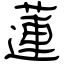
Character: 蓮